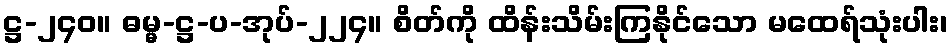
ဋ္ဌ-၂၄၀။ ဓမ္မ-ဋ္ဌ-ပ-အုပ်-၂၂၄။ စိတ်ကို ထိန်းသိမ်းကြနိုင်သော မထေရ်သုံးပါး၊